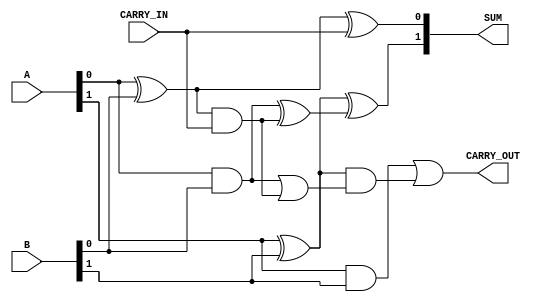
module two_bit_look_ahead
(
  input [1:0] A,
  input [1:0] B,
  input CARRY_IN,
  output [1:0] SUM,
  output CARRY_OUT
);
  wire tmpsum;
  wire tmp1;
  wire tmp2;
  wire tmp3;
  wire tmp4;
  wire tmp5;
  wire tmp6;
  wire tmp7;
  xor A1 (tmpsum, A[0], B[0]);
  xor A2 (SUM[0], tmpsum, CARRY_IN);
  and A3 (tmp1, tmpsum, CARRY_IN);
  and A4 (tmp2, A[0], B[0]);
  xor A5 (tmp3, A[1], B[1]);
  xor A6 (tmp4, tmp2, tmp1);
  xor A7 (SUM[1], tmp3, tmp4);
  and B1 (tmp5, A[1], B[1]);
  or B2 (tmp6, tmp2, tmp1);
  and B3 (tmp7, tmp3, tmp6);
  or B4 (CARRY_OUT, tmp5, tmp7);
endmodule